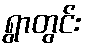
ရွာတွင်း